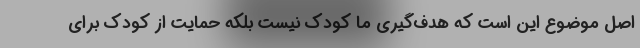
اصل موضوع این است که هدف‌گیری ما کودک نیست بلکه حمایت از کودک برای